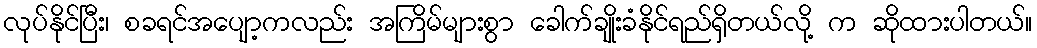
လုပ်နိုင်ပြီး၊ စခရင်အပျော့ကလည်း အကြိမ်များစွာ ခေါက်ချိုးခံနိုင်ရည်ရှိတယ်လို့ က ဆိုထားပါတယ်။